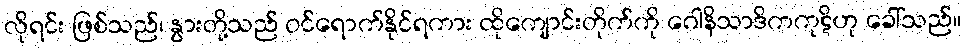
လိုရင်း ဖြစ်သည်၊ နွားတို့သည် ဝင်ရောက်နိုင်ရကား ထိုကျောင်းတိုက်ကို ဂေါနိသာဒိကကုဋိဟု ခေါ်သည်။